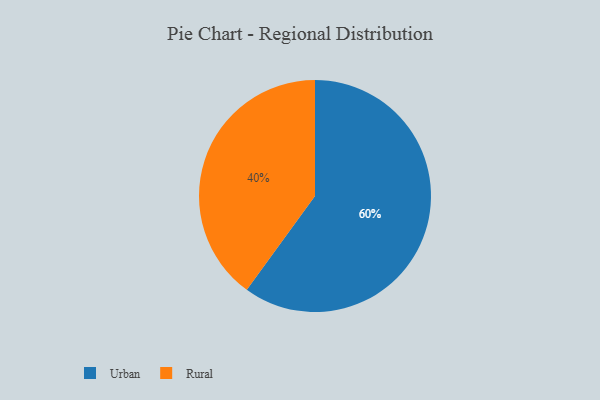
{"axis": {"x": "Category", "y": "Percentage"}, "legend": ["Rural", "Urban"], "data": [{"x": "Urban", "y": 60, "type": "Urban"}, {"x": "Rural", "y": 40, "type": "Rural"}]}